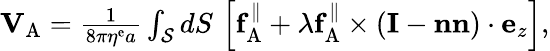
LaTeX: \begin{array}{r}{\mathbf{V}_{\mathrm{A}}=\frac{1}{8\pi\eta^{\mathrm{e}}a}\int_{\mathcal{S}}dS\, \left[\mathbf{f}_{\mathrm{A}}^{\| }+\lambda\mathbf{f}_{\mathrm{A}}^{\| }\times\left(\mathbf{I}-\mathbf{n}\mathbf{n}\right)\cdot\mathbf{e}_{z}\right],}\end{array}